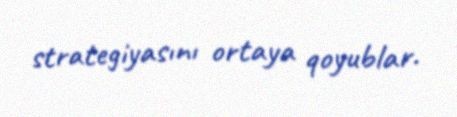
strategiyasını ortaya qoyublar.